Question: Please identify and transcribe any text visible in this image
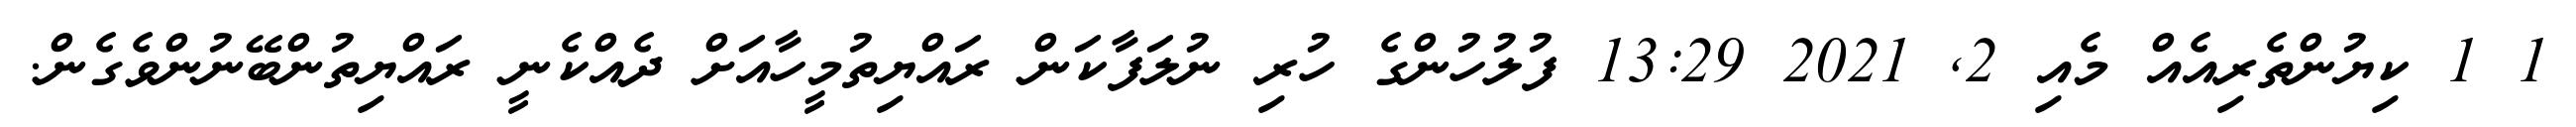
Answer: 1 1 ކިޔުންތެރިއެއް މެއި 2, 2021 13:29 ފުލުހުންގެ ހުރި ނުލަފާކަން ރައްޔިތުމީހާއަށް ދެއްކެނީ ރައްޔިތުންބޭނުންވެގެން.